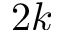
2 k